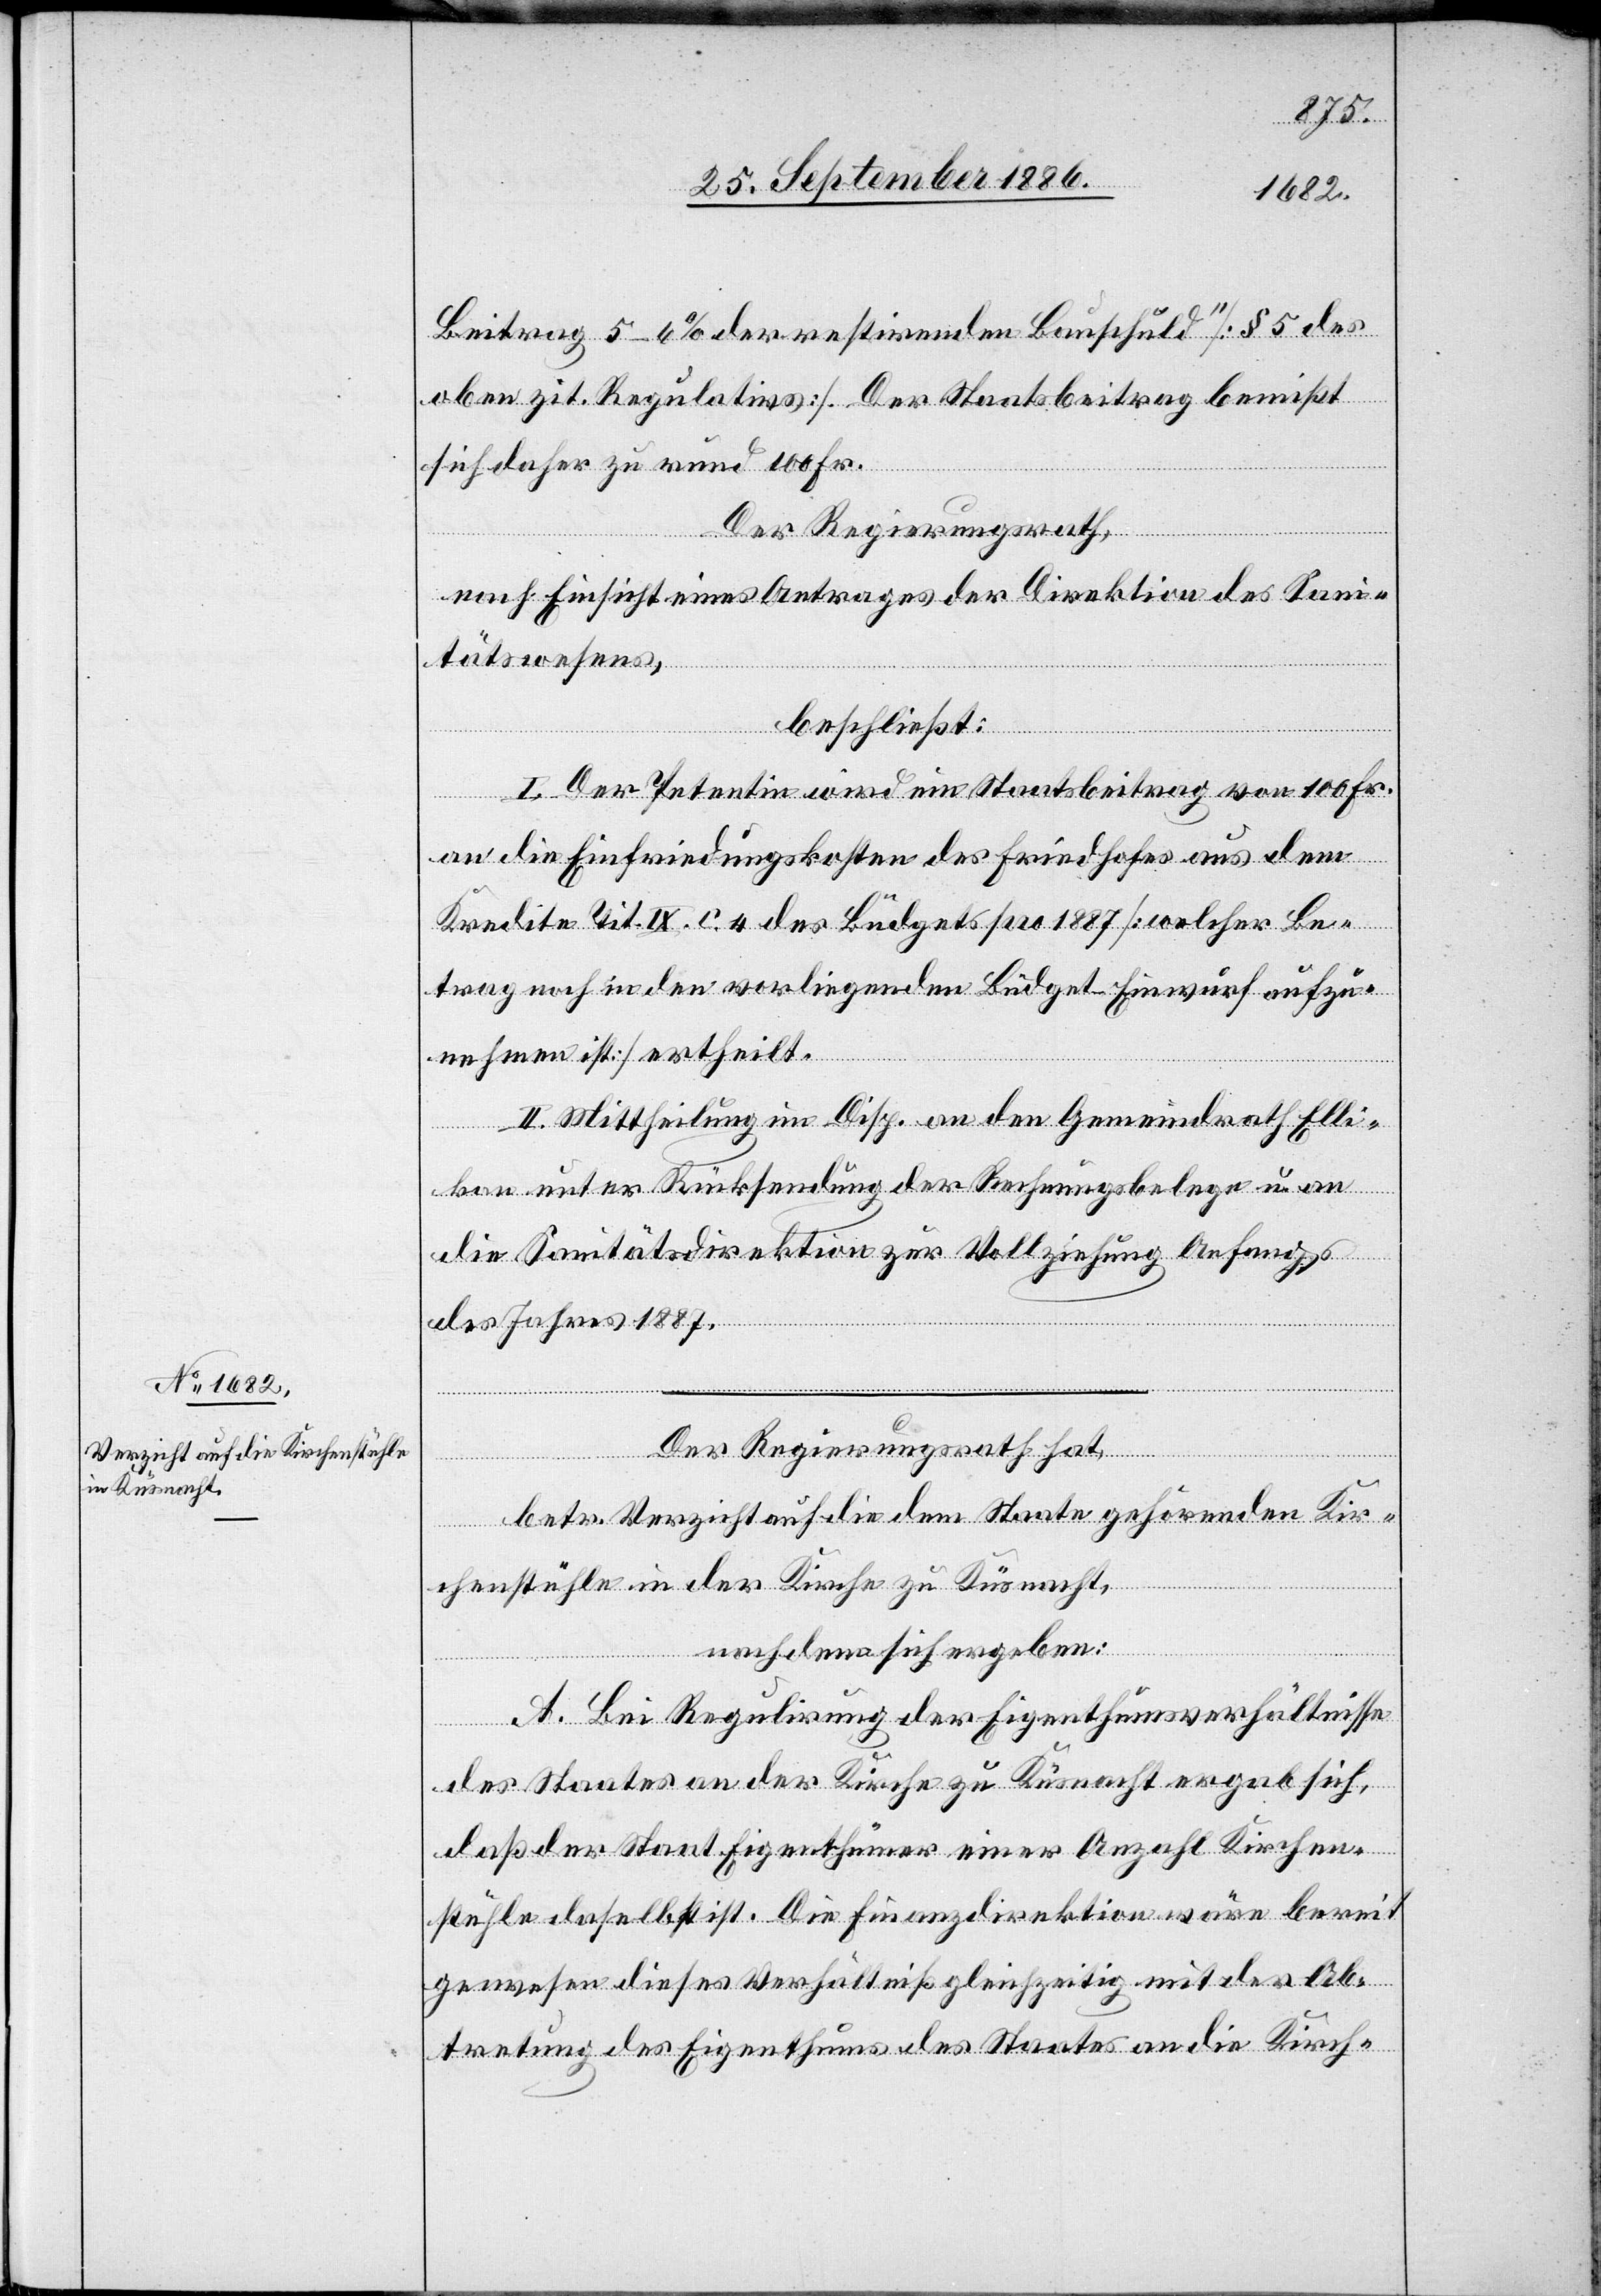
aufzu¬
Beitrag 5–6% der restirenden Bauschuld“ [§ 5 des
oben zit. Regulativs]. Der Staatsbeitrag bemißt
sich daher zu rund 100 Fr.
Der Regierungsrath,
nach Einsicht eines Antrages der Direktion des Sani¬
tätswesens,
c!]
beschließt:
I. Der Petentin wird ein Staatsbeitrag von 100 Fr.
an die Einfriedungskosten des Friedhofes aus dem
Kredite Tit. IX. C. 4 des Büdgets pro 1887 [welcher Be¬
trag noch in den vorliegenden Büdget-Einwurf [si¬
nehmen ist] ertheilt.
II. Mittheilung im Disp. an den Gemeindrath Elli¬
kon unter Rücksendung der Rechnungsbelege u. an
die Sanitätsdirektion zur Vollziehung Anfangs
des Jahres 1887.
Der Regierungsrath hat,
betr. Verzicht auf die dem Staate gehörenden Kir¬
chenstühle in der Kirche zu Küsnacht,
nachdem sich ergeben:
A. Bei Regulirung der Eigenthumsverhältnisse
des Staates an der Kirche zu Küsnacht ergab sich,
daß der Staat Eigenthümer einer Anzahl Kirchen¬
stühle daselbst ist. Die Finanzdirektion wäre bereit
gewesen dieses Verhältniß gleichzeitig mit der Ab¬
tretung des Eigenthums des Staates an die Kirch-